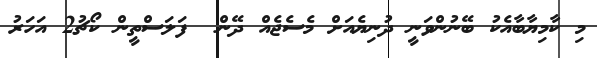
މި ކާމިޔާބާއެކު ބޭނުންވަނީ ދުނިޔެއަށް މެސެޖެއް ދޭން  ފަލަސްތީން ކޯޗު2 އަހަރު